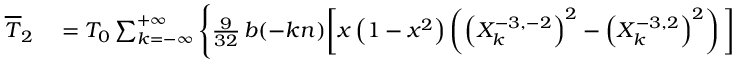
\begin{array} { r l } { \overline { T } _ { 2 } } & { { } = { \cal T } _ { 0 } \sum _ { k = - \infty } ^ { + \infty } \Bigg \{ \frac { 9 } { 3 2 } \, b ( - k n ) \bigg [ x \left( 1 - x ^ { 2 } \right) \left( \left( X _ { k } ^ { - 3 , - 2 } \right) ^ { 2 } - \left( X _ { k } ^ { - 3 , 2 } \right) ^ { 2 } \right) \bigg ] } \end{array}